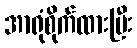
အာရုံစိုက်ထားပြီး